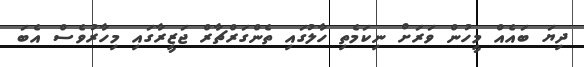
ދިޔަ ބައެއް މީހުން ވަރަށް ނިކަމެތި ހާލުގައި ތެންގަރްޗާރް ޖަޒީރާގައި މިހާރުވެސް އެބަ